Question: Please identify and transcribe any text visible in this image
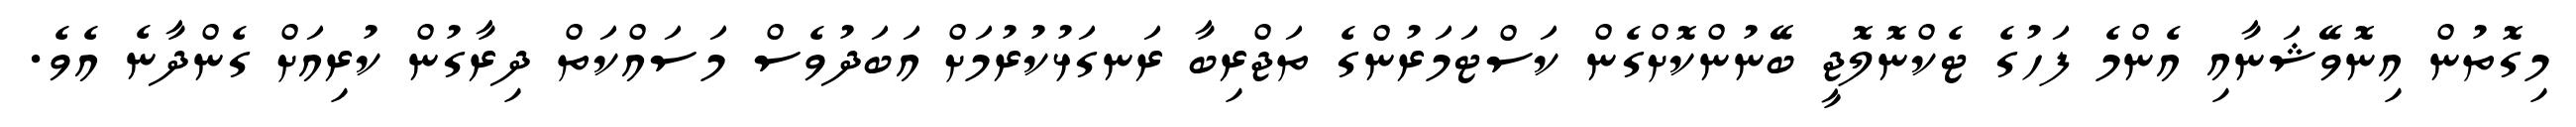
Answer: މިގޮތުން އިނޮވޭޝަނާއި އެންމެ ފަހުގެ ޓެކްނޮލޮޖީ ބޭނުންކޮށްގެން ކަސްޓަމަރުންގެ ތަޖްރިބާ ރަނގަޅުކުރުމަށް އަބަދުވެސް މަސައްކަތް ދިރާގުން ކުރިއަށް ގެންދާނެ އެވެ.